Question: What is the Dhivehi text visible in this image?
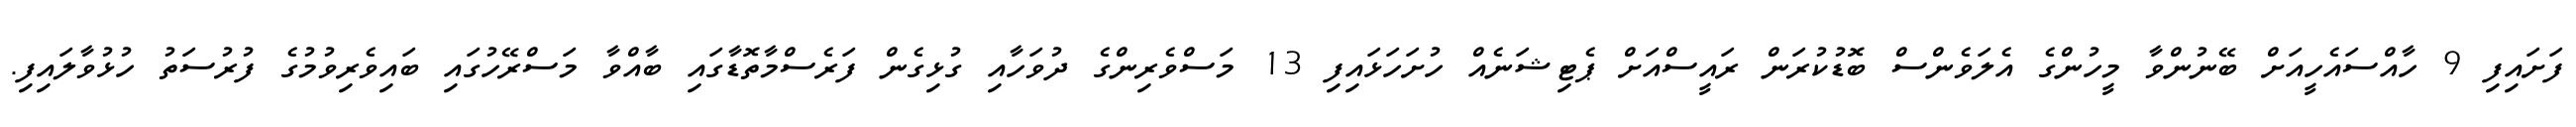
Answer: ފަށައިފި 9 ހާއްސައެހީއަށް ބޭނުންވާ މީހުންގެ އެލަވެންސް ބޮޑުކުރަން ރައީސްއަށް ޕެޓިޝަނެއް ހުށަހަޅައިފި 13 މަސްވެރިންގެ ދުވަހާއި ގުޅިގެން ފަރެސްމާތޮޑާގައި ބާއްވާ މަސްރޭހުގައި ބައިވެރިވުމުގެ ފުރުސަތު ހުޅުވާލައިފި.